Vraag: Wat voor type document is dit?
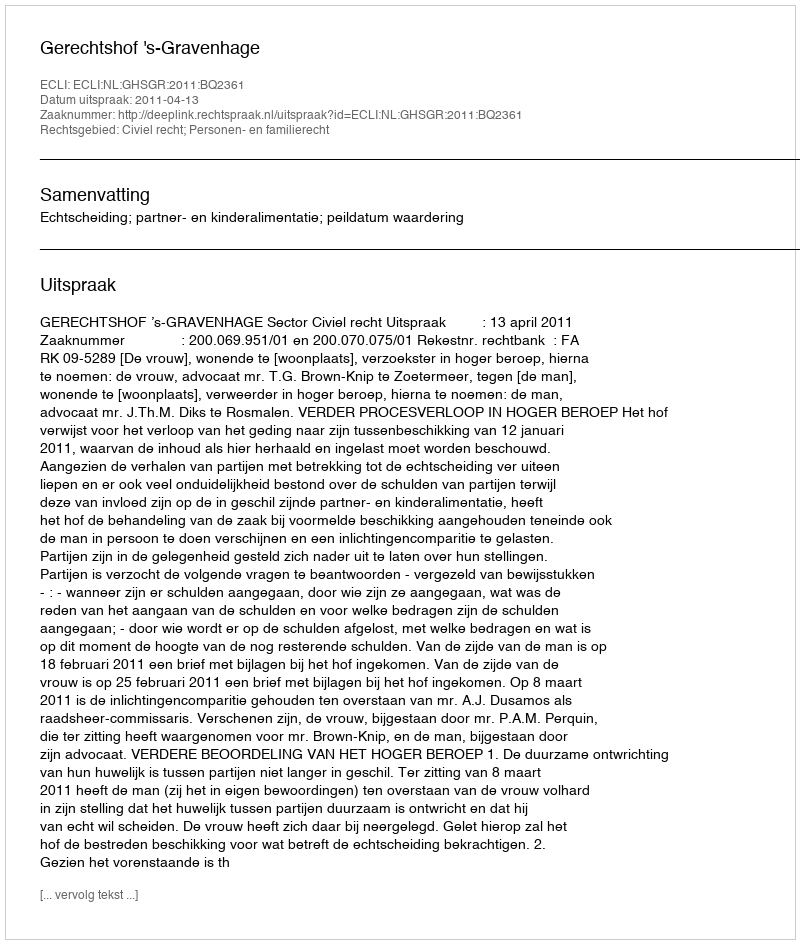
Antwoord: Uitspraak